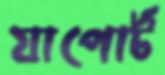
যাপোর্ট